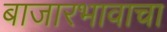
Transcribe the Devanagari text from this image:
बाजारभावाचा